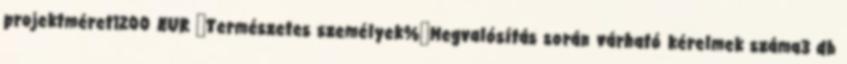
projektméret1200 EUR ▪Természetes személyek%▪Megvalósítás során várható kérelmek száma3 db